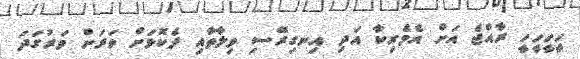
ހީހީހީހީ ރާއްޖެ އަށް އެމެރިކާ އަދި އިނގިރޭސި ވިލާތާއި ދެކޮޅަށް ވަރަށް ވަރުގަދަ